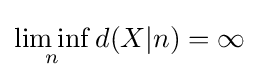
\liminf _{n}d(X|n)=\infty